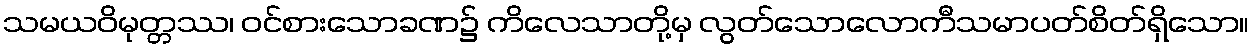
သမယဝိမုတ္တဿ၊ ဝင်စားသောခဏ၌ ကိလေသာတို့မှ လွတ်သောလောကီသမာပတ်စိတ်ရှိသော။